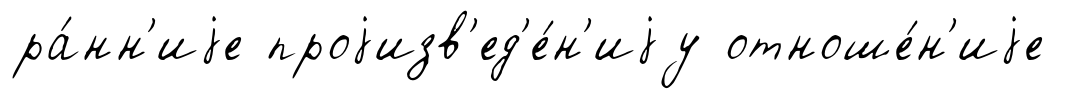
ра́нн'иjе проjизв'ед'е́н'иjу отноше́н'иjе